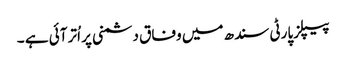
پیپلزپارٹی سندھ میں وفاق دشمنی پر اُتر آئی ہے ۔